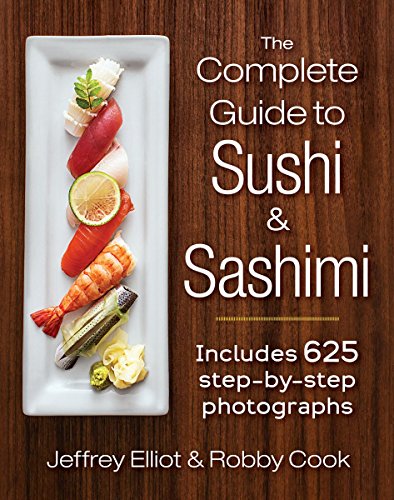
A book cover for The Complete Guide to Sushi and Sashimi: Includes 625 step-by-step photographs; Jeffrey Elliot; Cookbooks, Food & Wine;